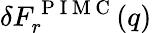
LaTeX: \delta F_{r}^{\mathrm{~P~I~M~C~}}(q)